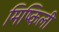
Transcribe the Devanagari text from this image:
मिष्किली